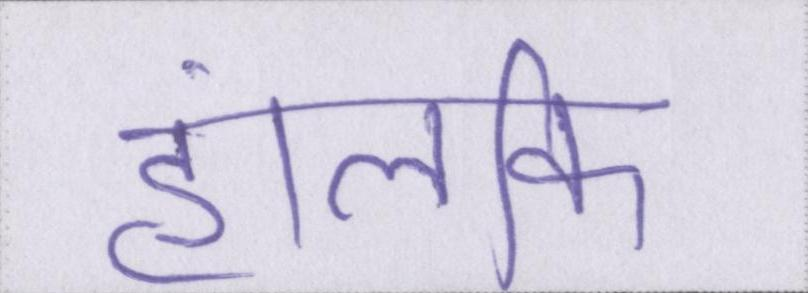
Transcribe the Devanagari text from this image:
हालंकि